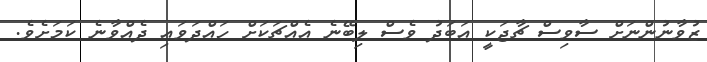
ޒުވާނުންނަށް ސާވިސް ޗާޖަކީ އަބަދު ވެސް ލިބޭނެ އެއްޗަކަށް ހައްދަވައި ދެއްވާނެ ކަމަށެވެ.